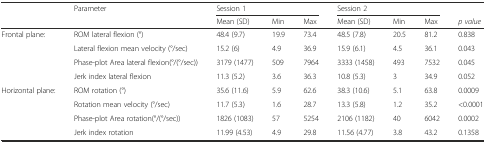
| <ROWSPAN=2>  | <ROWSPAN=2> Parameter | <COLSPAN=3> Session 1 | <COLSPAN=3> Session 2 |  |
 | Mean (SD) | Min | Max | Mean (SD) | Min | Max | p value |
 | --- | --- | --- | --- | --- | --- | --- | --- | --- |
 | <ROWSPAN=4> Frontal plane: | ROM lateral flexion (°) | 48.4 (9.7) | 19.9 | 73.4 | 48.5 (7.8) | 20.5 | 81.2 | 0.838 |
 | Lateral flexion mean velocity (°/sec) | 15.2 (6) | 4.9 | 36.9 | 15.9 (6.1) | 4.5 | 36.1 | 0.043 |
 | Phase-plot Area lateral flexion(°/(°/sec)) | 3179 (1477) | 509 | 7964 | 3333 (1458) | 493 | 7532 | 0.045 |
 | Jerk index lateral flexion | 11.3 (5.2) | 3.6 | 36.3 | 10.8 (5.3) | 3 | 34.9 | 0.052 |
 | <ROWSPAN=4> Horizontal plane: | ROM rotation (°) | 35.6 (11.6) | 5.9 | 62.6 | 38.3 (10.6) | 5.1 | 63.8 | 0.0009 |
 | Rotation mean velocity (°/sec) | 11.7 (5.3) | 1.6 | 28.7 | 13.3 (5.8) | 1.2 | 35.2 | <0.0001 |
 | Phase-plot Area rotation(°/(°/sec)) | 1826 (1083) | 57 | 5254 | 2106 (1182) | 40 | 6042 | 0.0002 |
 | Jerk index rotation | 11.99 (4.53) | 4.9 | 29.8 | 11.56 (4.77) | 3.8 | 43.2 | 0.1358 |